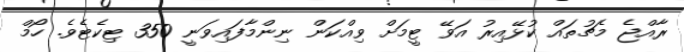
ރާއްޖެ މެޗުތައް ކުޅޭއިރު އަވޭ ޓީމަށް ވިއްކަން ނިންމާފައިވަނީ 350 ޓިކެޓެވެ. ހޯމް